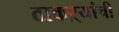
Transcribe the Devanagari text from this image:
ठाकऱ्यांची